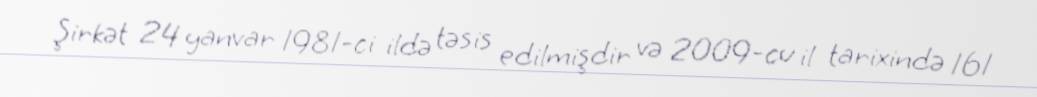
Şirkət 24 yanvar 1981-ci ildə təsis edilmişdir və 2009-cu il tarixində 161